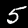
Label: 5